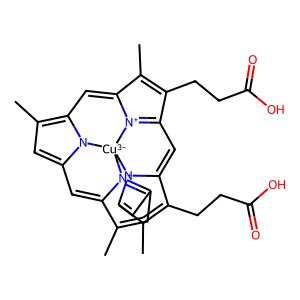
SMILES: CC1=CC2=[N+]3C1=Cc1cc(C)c4n1[Cu-3]31n3c(c(C)c(CCC(=O)O)c3=CC3=[N+]1C(=C4)C(C)=C3CCC(=O)O)=C2
Inhibits HIV replication: No